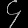
Digit: ၄